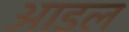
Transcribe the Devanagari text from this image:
आडल